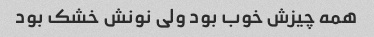
همه چیزش خوب بود ولی نونش خشک بود